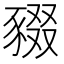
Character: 䝌